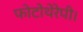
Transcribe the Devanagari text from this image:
फोटोथेरेपी।